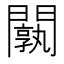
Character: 𨶝